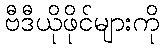
ဗီဒီယိုဖိုင်များကို